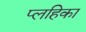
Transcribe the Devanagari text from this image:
प्लहिका